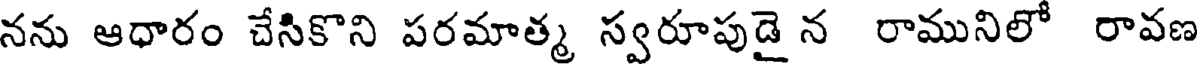
నను ఆధారం చేసికొని పరమాత్మ స్వరూపుడై న రామునిలో రావణ